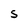
Character: S